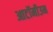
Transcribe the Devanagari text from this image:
आटॉमीउम